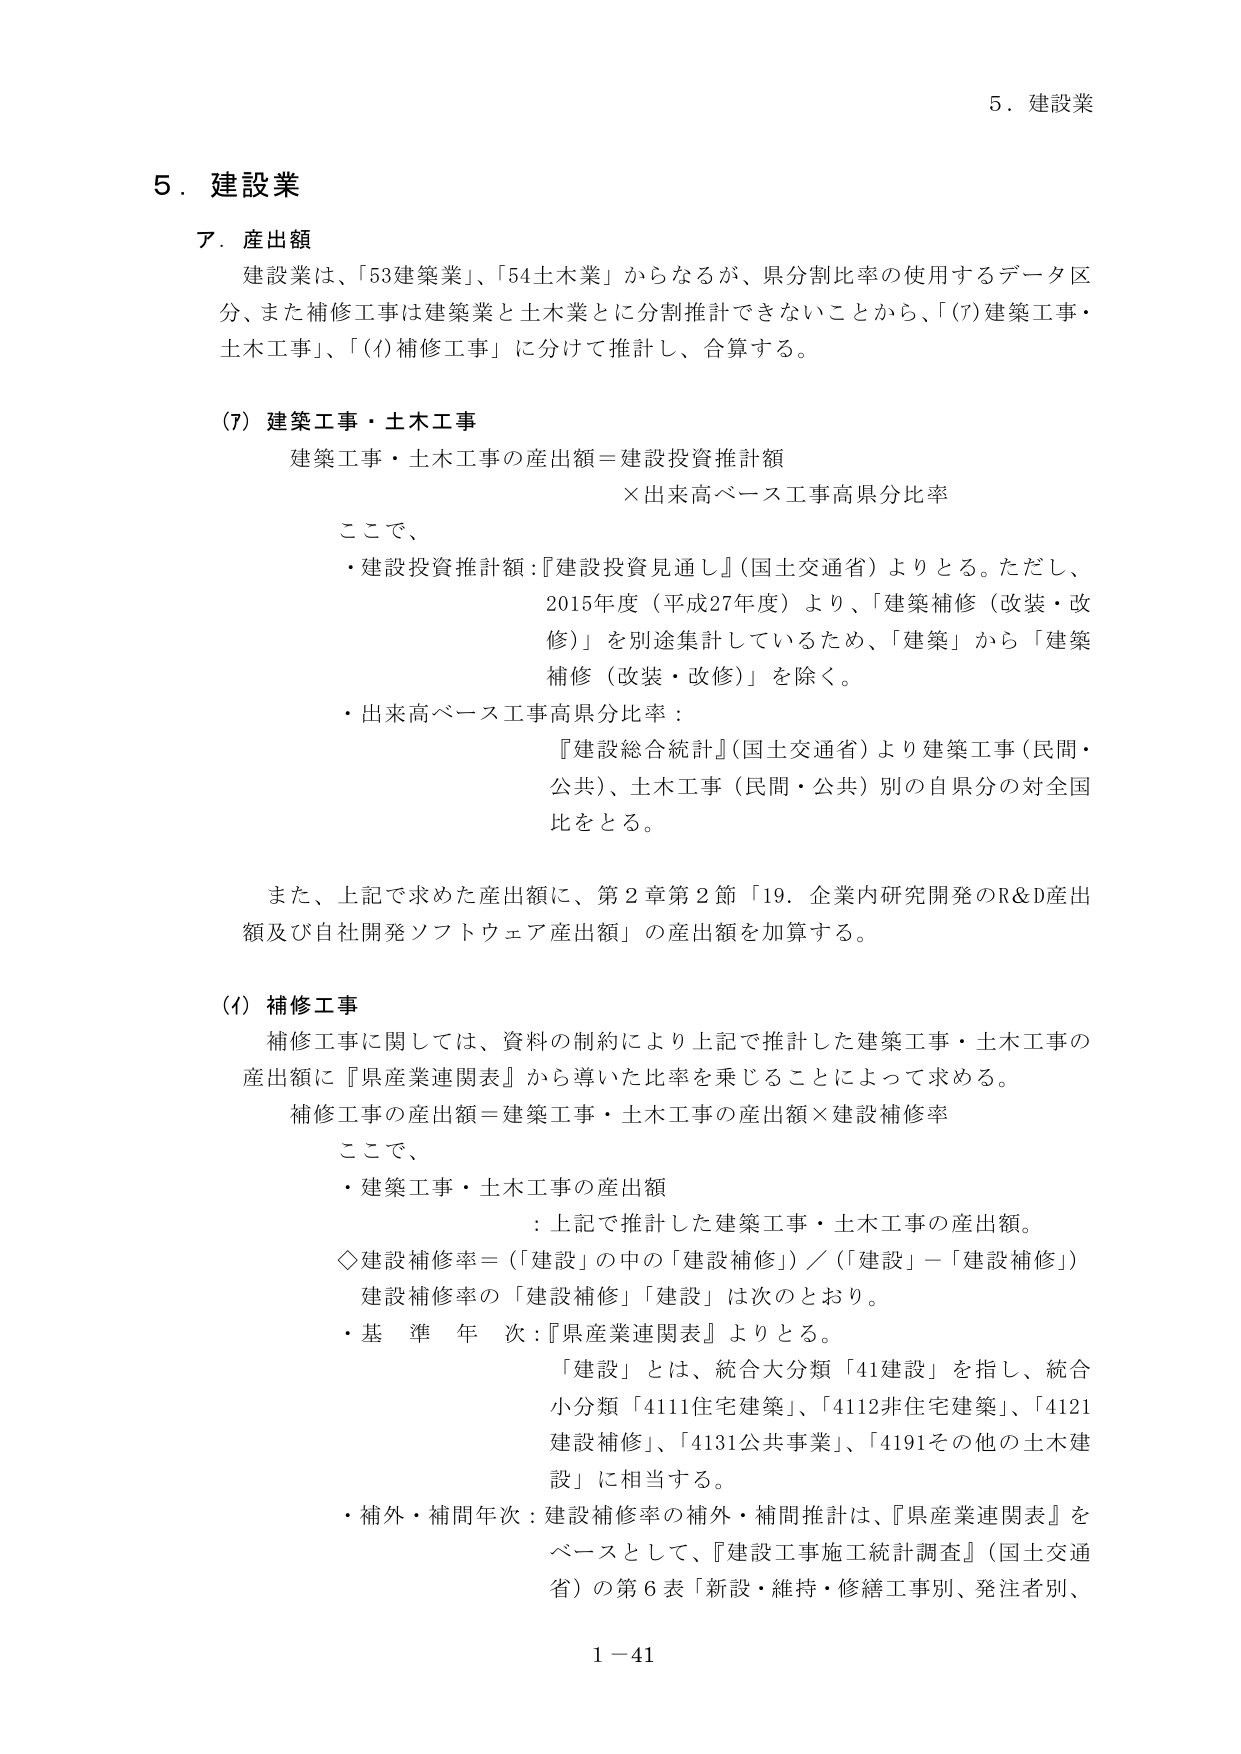
5．建設業

ア．産出額
建設業は、「53建築業」、「54土木業」からなるが、県分割比率の使用するデータ区分、また補修工事は建築業と土木業とに分割推計できないことから、「(7)建築工事・土木工事」、「(f)補修工事」に分けて推計し、合算する。

(7) 建築工事・土木工事
建築工事・土木工事の産出額＝建設投資推計額
　　　　　　　　　　　　×出来高ベース工事高県分比率

ここで、
・建設投資推計額：『建設投資見通し』（国土交通省）よりとる。ただし、
　2015年度（平成27年度）より、「建築補修（改装・改修）」を別途集計しているため、「建築」から「建築補修（改装・改修）」を除く。
・出来高ベース工事高県分比率：
　『建設総合統計』（国土交通省）より建築工事（民間・公共）、土木工事（民間・公共）別の自県分の対全国比をとる。

また、上記で求めた産出額に、第2章第2節「19．企業内研究開発のR&D産出額及び自社開発ソフトウェア産出額」の産出額を加算する。

(f) 補修工事
補修工事に関しては、資料の制約により上記で推計した建築工事・土木工事の産出額に『県産業連関表』から導いた比率を乗じることによって求める。
補修工事の産出額＝建築工事・土木工事の産出額×建設補修率

ここで、
・建築工事・土木工事の産出額
　：上記で推計した建築工事・土木工事の産出額。
◇建設補修率＝（「建設」の中の「建設補修」）／（「建設」－「建設補修」）
建設補修率の「建設補修」「建設」は次のとおり。
・基準年次：『県産業連関表』よりとる。
　「建設」とは、統合大分類「41建設」を指し、統合小分類「4111住宅建築」、「4112非住宅建築」、「4121建設補修」、「4131公共事業」、「4191その他の土木建設」に相当する。
・補外・補間年次：建設補修率の補外・補間推計は、『県産業連関表』をベースとして、『建設工事施工統計調査』（国土交通省）の第6表「新設・維持・修繕工事別、発注者別、

1－41